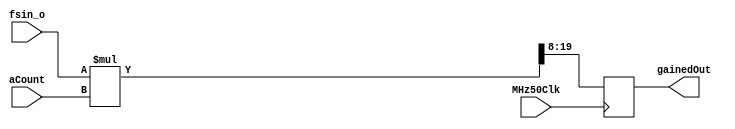
//recieves fsin_o wave from NCO and calculates amount of correction ufsin_og gain switches
module gainLogic( aCount, MHz50Clk, fsin_o, gainedOut);

input MHz50Clk;
input [7:0] aCount;
input [11:0] fsin_o;

reg [19:0] gainProduct;

output reg [11:0] gainedOut;

always @(posedge MHz50Clk)
begin
	gainProduct = fsin_o * aCount; //multiplies fsin_o by aCount, which is between 0 & 255
	gainedOut[11:0] = gainProduct[19:8]; //divides by 256, allowing gain to be from 0 to ~1
end

endmodule